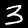
Digit: 3